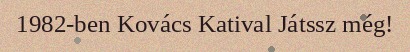
1982-ben Kovács Katival Játssz még!